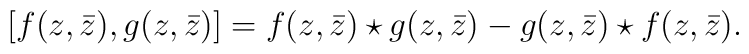
[f(z,\bar z),g(z,\bar z)]= f(z,\bar z)\star g(z,\bar z)-g(z,\bar z)\star f(z,\bar z).